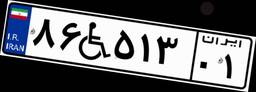
۸۶W۵۱۳۰۱